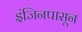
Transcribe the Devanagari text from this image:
इंजिनपासून